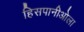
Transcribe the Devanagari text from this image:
हिसपानीओला